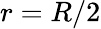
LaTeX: r=R/2